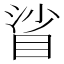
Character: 𥆝